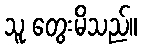
သူ တွေးမိသည်။